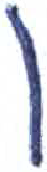
אות: ן